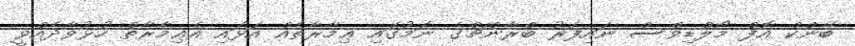
ބޭންކް އޮފް މޯލްޑިވްސް ނައިފަރު ބްރާންޗްގެ ނަމުގައި ޢިމާރާތެއް އަޅައި އެޢިމާރާތް ހުޅުވާދެއްވީ